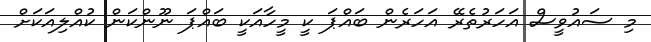
މި ސައުވީސް އަހަރުތެރޭ އަހަރެން ބައްޕަ ކީ މީހާއަކީ ބައްޕަ ނޫންކަން ކުއްލިއަކަށް